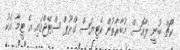
ކޯޗް ބުނީ ލާއޮސް މުބާރާތުން ކެޓިޔަސް ގްރޫޕް ސްޓޭޖްގައި އެ ޓީމާ އެކު